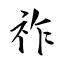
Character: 祚